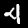
Label: 4